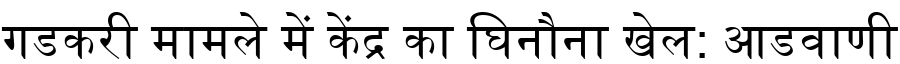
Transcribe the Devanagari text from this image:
गडकरी मामले में केंद्र का घिनौना खेल: आडवाणी